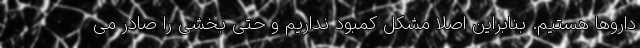
داروها هستیم. بنابراین اصلا مشکل کمبود نداریم و حتی بخشی را صادر می